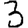
Digit: 3